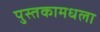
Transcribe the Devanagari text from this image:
पुस्तकामधला